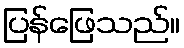
ပြန်ဖြေသည်။